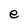
Character: e